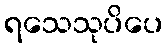
ရသေသုပိပေ